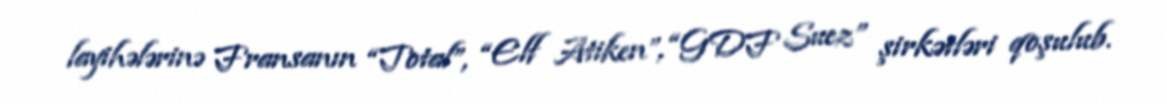
layihələrinə Fransanın “Total”, “Elf Atiken”, “GDF Suez” şirkətləri qoşulub.